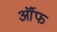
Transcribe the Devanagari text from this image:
र्ऑफ